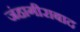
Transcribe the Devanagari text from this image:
जंहागीराबाद